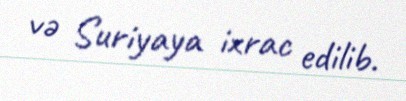
və Suriyaya ixrac edilib.